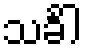
သင်္ခါ